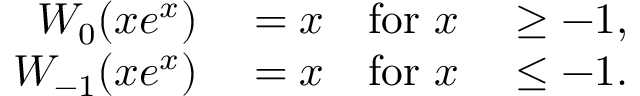
\begin{array} { r l r l } { W _ { 0 } ( x e ^ { x } ) } & { { } = x } & { { \mathrm { f o r ~ } } x } & { { } \geq - 1 , } \\ { W _ { - 1 } ( x e ^ { x } ) } & { { } = x } & { { \mathrm { f o r ~ } } x } & { { } \leq - 1 . } \end{array}